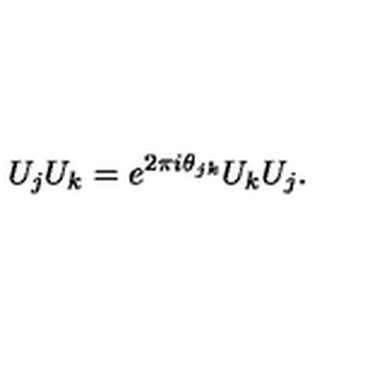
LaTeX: U _ { j } U _ { k } = e ^ { 2 \pi i \theta _ { j k } } U _ { k } U _ { j } .